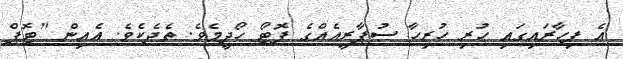
އެ ފިހާރައިގައި ހުރި ހުރިހާ ސުޕާރީއެއްގެ ފޮޓޯ ހޯދީމެވެ. ތެދެކެވެ. އެއިން "ޓޮޕް